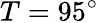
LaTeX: T=95^{\circ}